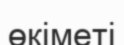
өкіметі